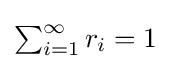
{\textstyle \sum _{i=1}^{\infty }r_{i}=1}